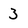
Character: 3